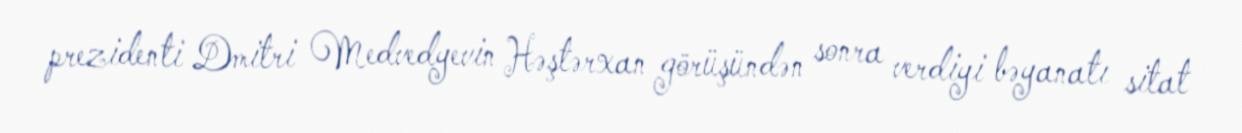
prezidenti Dmitri Medvedyevin Həştərxan görüşündən sonra verdiyi bəyanatı sitat